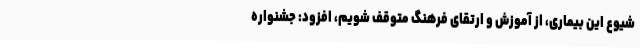
شیوع این بیماری، از آموزش و ارتقای فرهنگ متوقف شویم، افزود: جشنواره